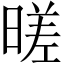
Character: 暛